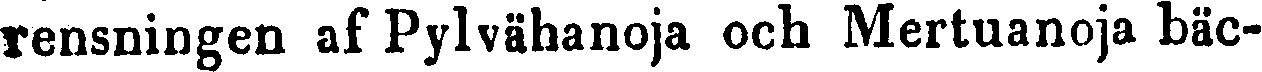
rensningen af Pylvähanoja och Mertuanoja bäc-